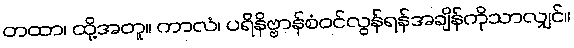
တထာ၊ ထို့အတူ။ ကာလံ၊ ပရိနိဗ္ဗာန်စံဝင်လွန်ရန်အချိန်ကိုသာလျှင်။